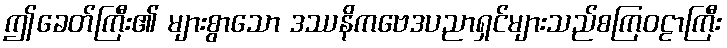
ဤခေတ်ကြီး၏ များစွာသော ဒဿနိကဗေဒပညာရှင်များသည်စကြဝဠာကြီး